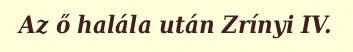
Az ő halála után Zrínyi IV.